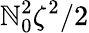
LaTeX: \mathbb{N}_{0}^{2}\zeta^{2}/2